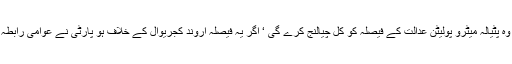
عام آدمی پارٹی نے کہا کہ وہ پٹیالہ میٹرو پولیٹن عدالت کے فیصلہ کو کل چیالنج کرے گی ‘ اگر یہ فیصلہ اروند کجریوال کے خلاف ہو پارٹی نے عوامی رابطہ پروگرام کا بھی اعلان کیا ۔